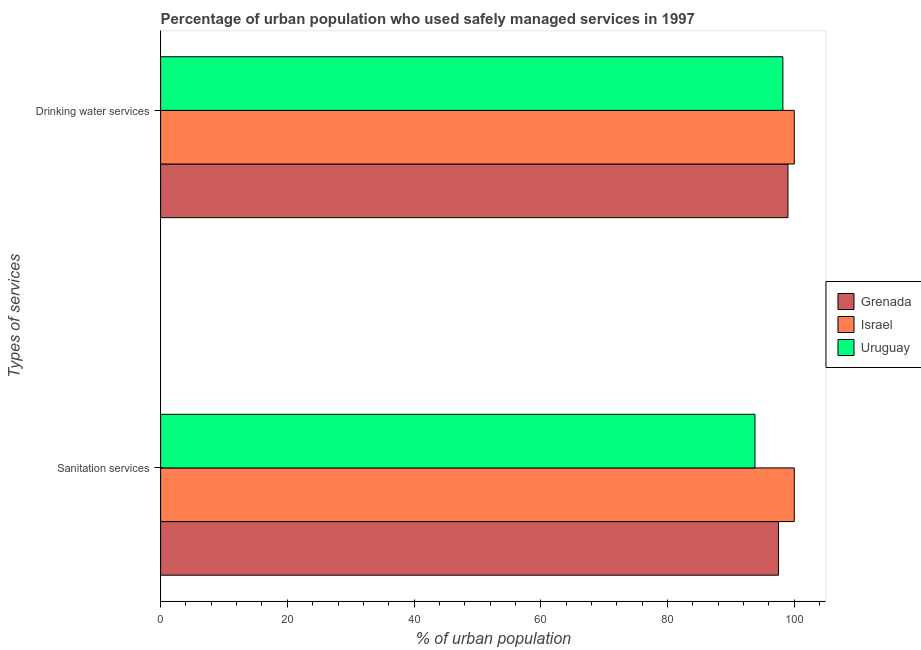
| Types of services | Grenada | Israel | Uruguay |
 | --- | --- | --- | --- |
 | Sanitation services | 97.5 | 100 | 93.8 |
 | Drinking water services | 99 | 100 | 98.2 |